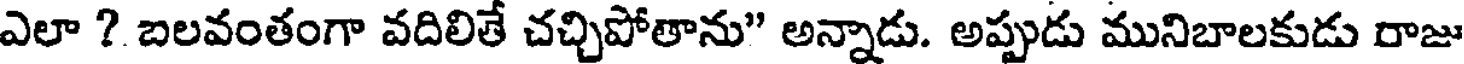
ఎలా ? బలవంతంగా వదిలితే చచ్చిపోతాను" అన్నాడు. అప్పుడు మునిబాలకుడు రాజు